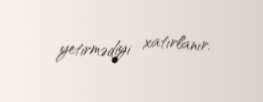
yetirmədiyi xatırlanır.